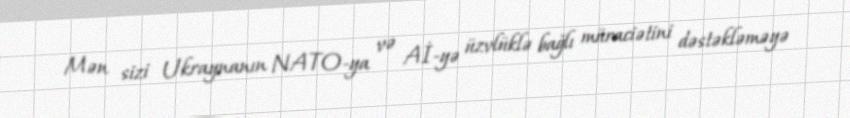
Mən sizi Ukraynanın NATO-ya və Aİ-yə üzvlüklə bağlı müraciətini dəstəkləməyə